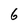
Character: 6